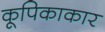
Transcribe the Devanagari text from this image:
कूपिकाकार